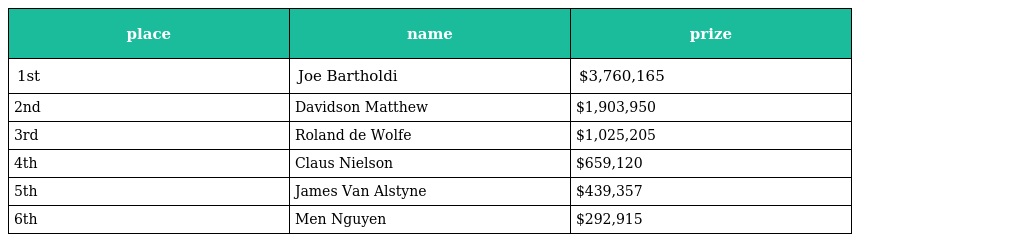
| place | name | prize |
 | --- | --- | --- |
 | 1st | Joe Bartholdi | $3,760,165 |
 | 2nd | Davidson Matthew | $1,903,950 |
 | 3rd | Roland de Wolfe | $1,025,205 |
 | 4th | Claus Nielson | $659,120 |
 | 5th | James Van Alstyne | $439,357 |
 | 6th | Men Nguyen | $292,915 |